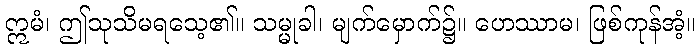
ဣမံ၊ ဤသုသိမရသေ့၏။ သမ္မုခါ၊ မျက်မှောက်၌။ ဟေဿာမ၊ ဖြစ်ကုန်အံ့။